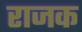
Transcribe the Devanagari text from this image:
राजक